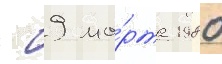
- 9 ма́рта 1980